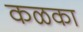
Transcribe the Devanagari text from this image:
कळका